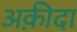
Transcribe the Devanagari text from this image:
अक़ीदा